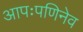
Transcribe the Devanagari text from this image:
आपःपणिनेव